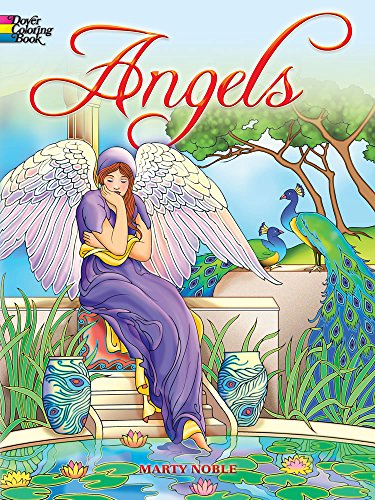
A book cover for Angels Coloring Book (Dover Coloring Books); Marty Noble; Religion & Spirituality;